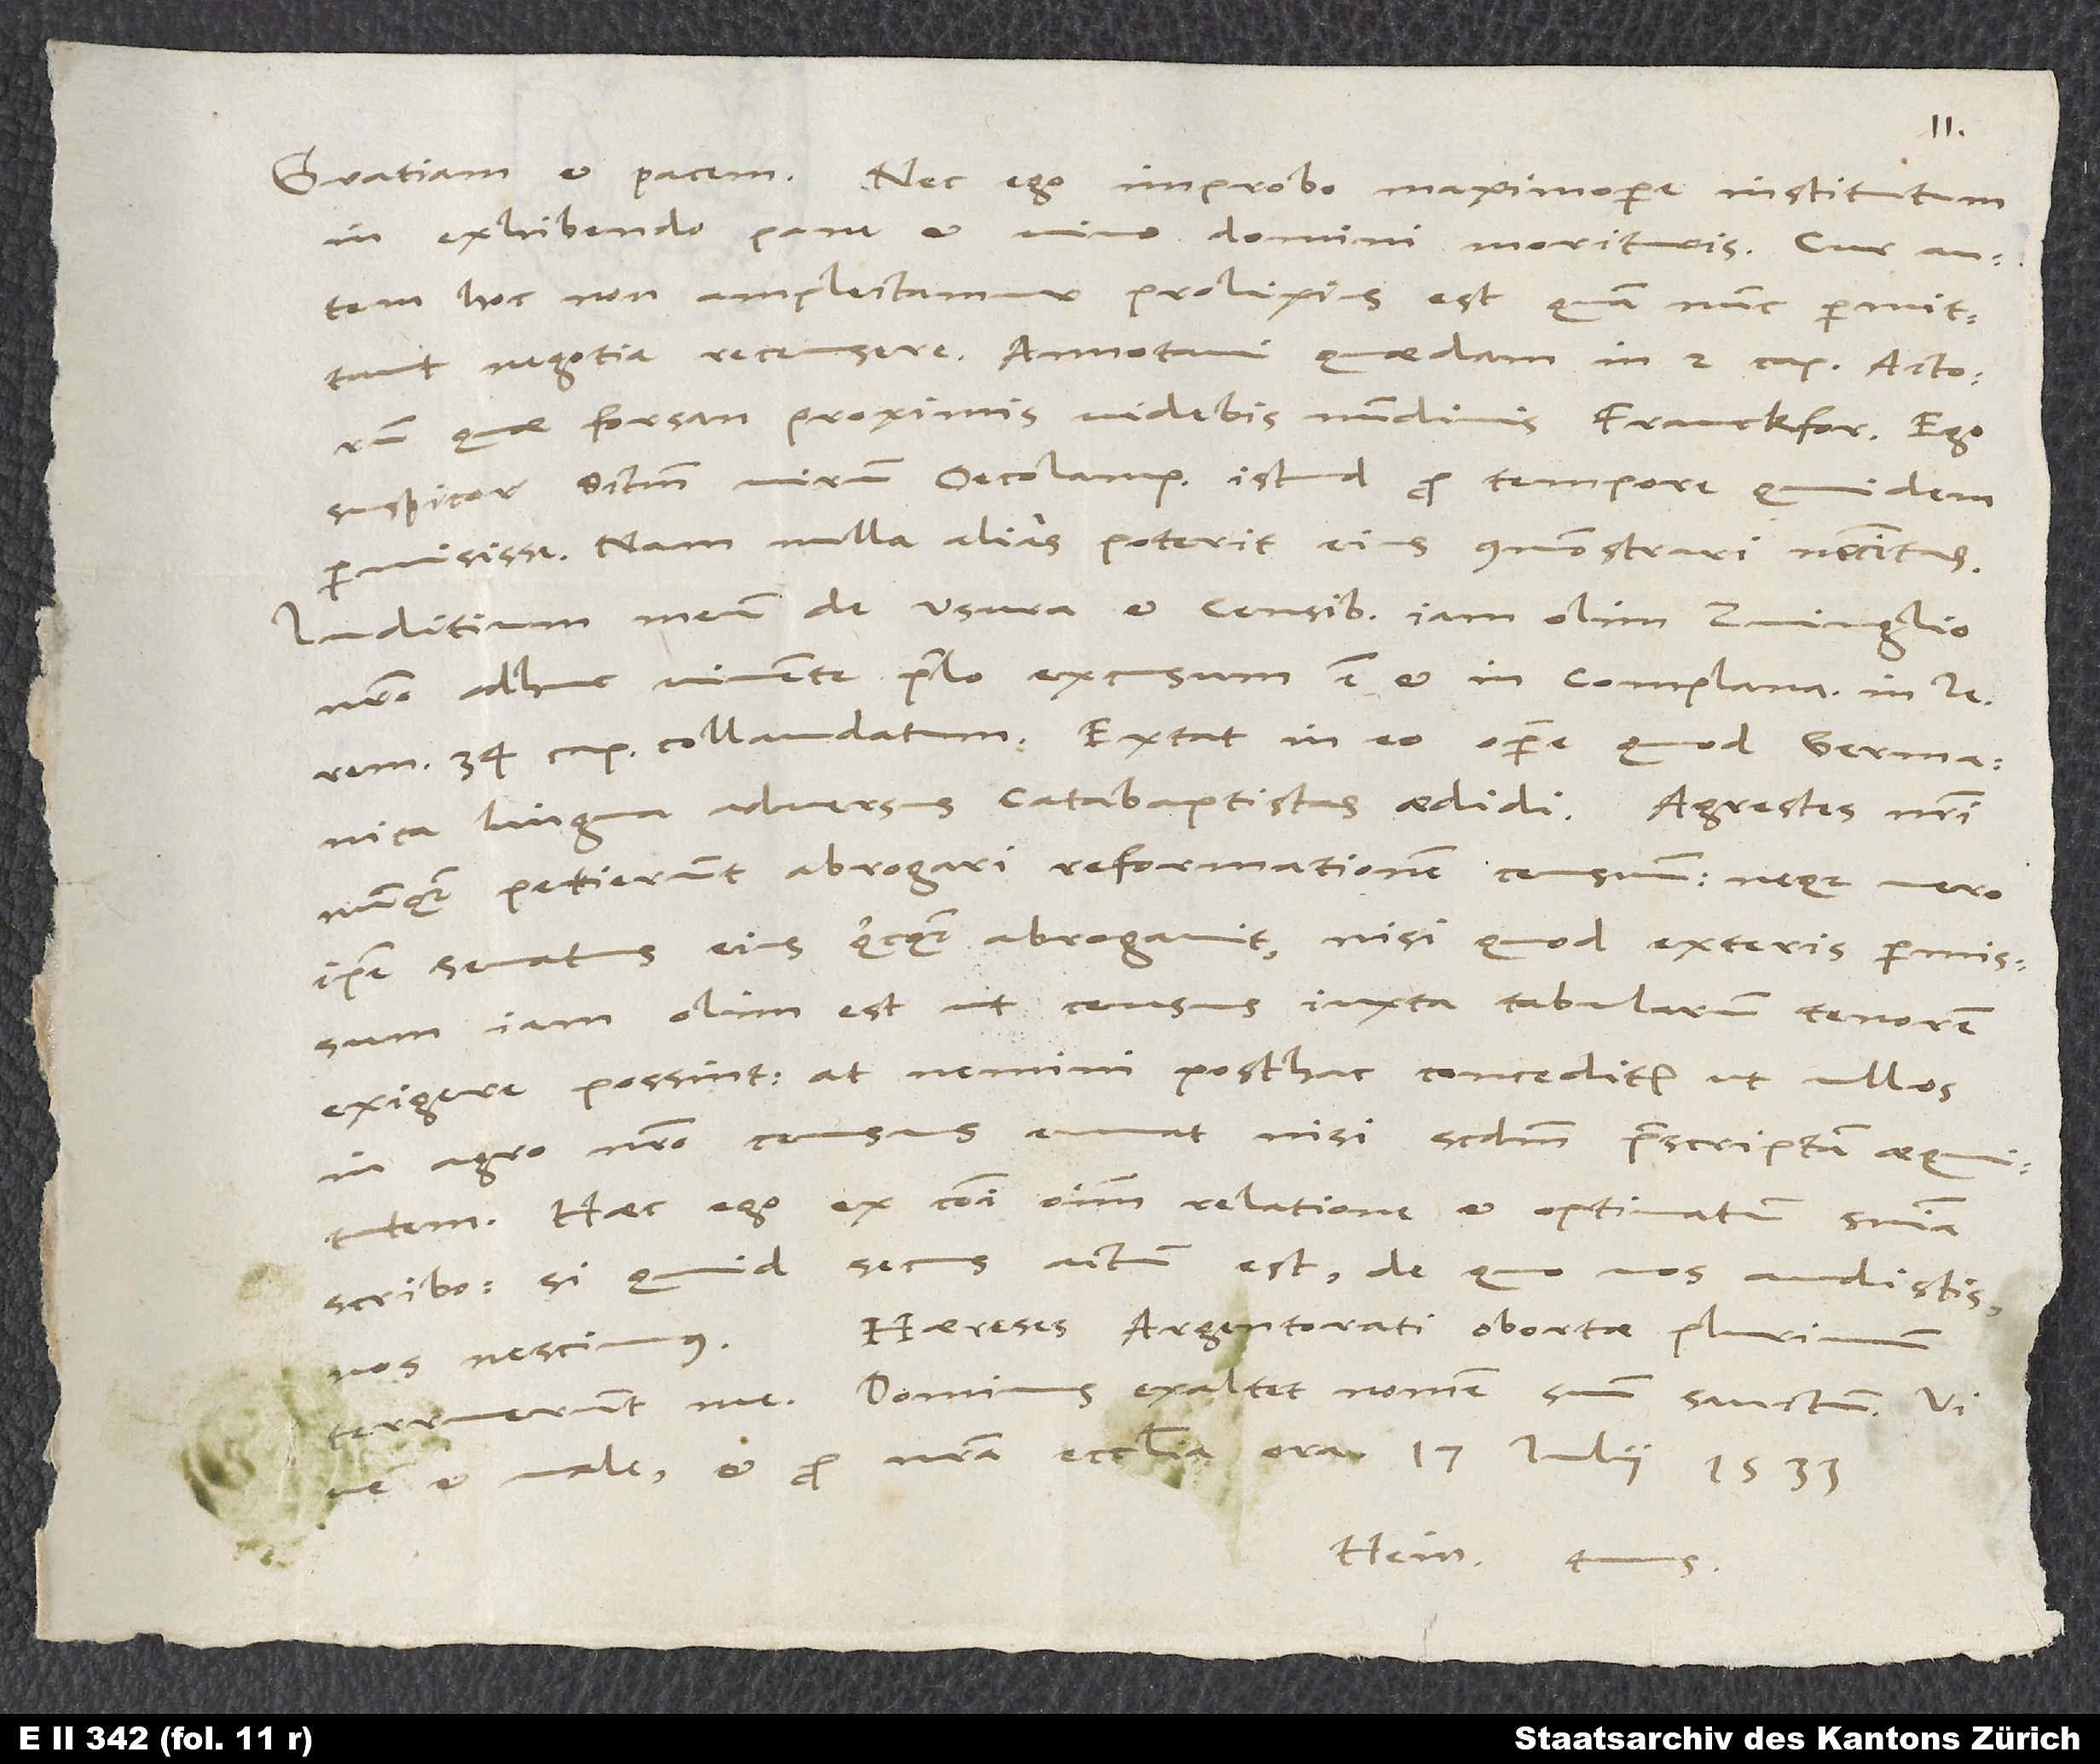
17.
in exhibendo pane et vino domini morituris. Cur autem
hoc non amplectamur, prolixius est, quam nunc permittant
negotia recensere. Annotavi quaedam in 2. cap. Actorum,
quae forsan proximis videbis nundinis Franckofordensibus. Ego
suspicor sanctum virum Oecolampadium istud pro tempore quidem
permisisse. Nam nulla alias poterit eius commonstrari necessitas.
Iuditium meum de usura et censibus iam olim Zuinglio
nostro adhuc vivente prelo excusum est et in «Complanatione in leremiam»
34. cap. collaudatum. Extat in eo opere, quod germanica
lingua adversus catabaptistas aedidi. Agrestes nostri
nunquam petierunt abrogari reformationem censuum, neque vero
ipse senatus eius quicquam abrogavit, nisi quod exteris permissum
iam olim est, ut census iuxta tabularum tenorem
exigere possint. At nemini posthac conceditur, ut ullos
in agro nostro census emat nisi secundum praescriptam aequitatem.
Haec ego ex communi omnium relatione et optimatum sententia
scribo. Si quid secus actum est, de quo vos audistis,
Haereses Argentorati obortae plurimum
nos nescimus.
terruerunt me. Dominus exaltet nomen suum sanctum.
Hein. tuus.